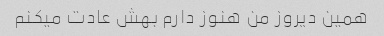
همین دیروز من هنوز دارم بهش عادت میکنم